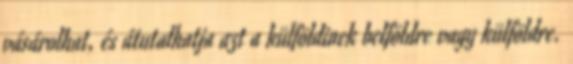
vásárolhat, és átutalhatja azt a külföldinek belföldre vagy külföldre.